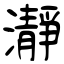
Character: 瀞